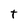
Character: t